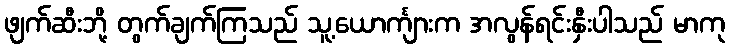
ဖျက်ဆီးဘို့ တွက်ချက်ကြသည် သူ့ယောင်္ကျားက အလွန်ရင်းနှီးပါသည် မာကု